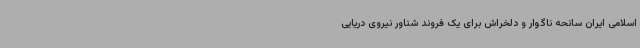
اسلامی ایران سانحه ناگوار و دلخراش برای یک فروند شناور نیروی دریایی